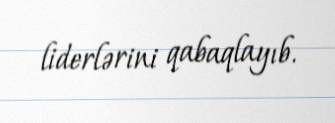
liderlərini qabaqlayıb.